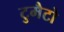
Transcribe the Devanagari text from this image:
टुमैटो